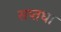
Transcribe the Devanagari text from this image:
सप्तधा